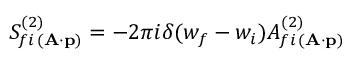
S _ { f i \, ( { \bf A \cdot p } ) } ^ { ( 2 ) } = - 2 \pi i \delta ( w _ { f } - w _ { i } ) { \cal A } _ { f i \, ( { \bf A \cdot p } ) } ^ { ( 2 ) }